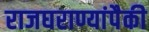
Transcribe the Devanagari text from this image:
राजघराण्यांपैकी